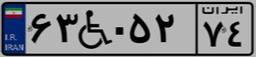
۶۳W۰۵۲۷۴